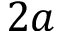
2 a